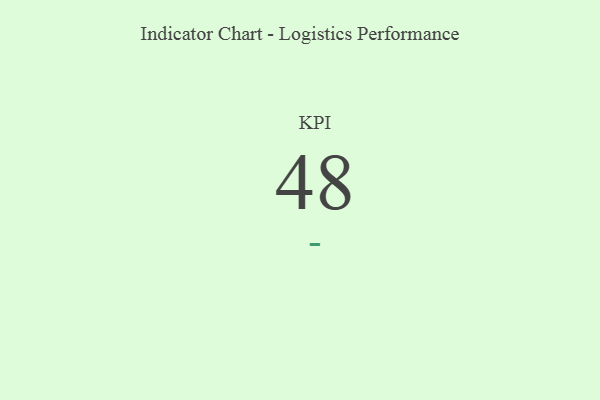
{"axis": {"x": "KPI", "y": "Value"}, "legend": [""], "data": [{"x": "KPI", "y": 48, "type": ""}]}